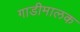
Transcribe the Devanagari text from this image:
गाडीमालक